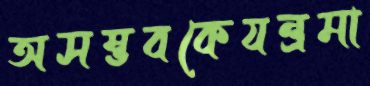
অসম্ভবকেযন্ত্রমা